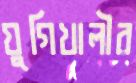
যুগিখালীর